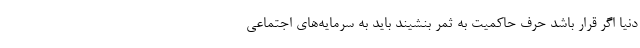
دنیا اگر قرار باشد حرف حاکمیت به ثمر بنشیند باید به سرمایه‌های اجتماعی